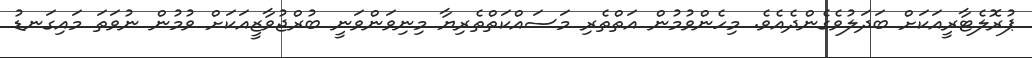
ޕުރޮލެޓާރީއަކަށް ބަދަލުވެގެންދެއެވެ. މިހެންވުމުން އަތްތެރި މަސައްކަތްތެރިޔާ މިނިވަންވަނީ ބުރްޖުވާޒީއަކަށް ވުމުން ނުވަތަ މައިގަނޑު